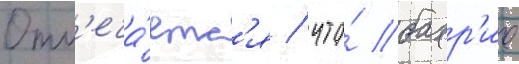
Отм'еча́етс'я / что́ бахр'ие